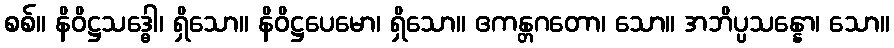
စစ်။ နိဝိဋ္ဌသဒ္ဓေါ၊ ရှိသော။ နိဝိဋ္ဌပေမော၊ ရှိသော။ ဧကန္တဂတော၊ သော။ အဘိပ္ပသန္နော၊ သော။